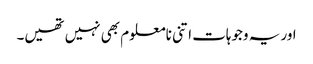
اور یہ وجوہات اتنی نامعلوم بھی نہیں تھیں۔